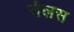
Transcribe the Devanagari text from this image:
सैलस